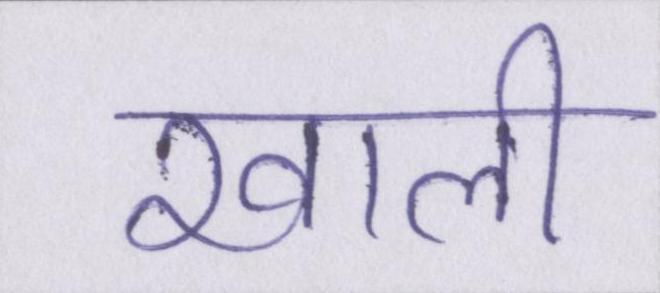
खाली